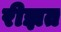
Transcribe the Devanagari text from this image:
रीझत